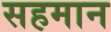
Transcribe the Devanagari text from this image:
सहमान